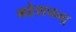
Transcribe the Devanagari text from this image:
महेशचन्द्र